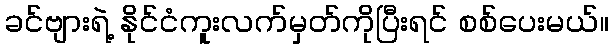
ခင်ဗျားရဲ့ နိုင်ငံကူးလက်မှတ်ကိုပြီးရင် စစ်ပေးမယ်။